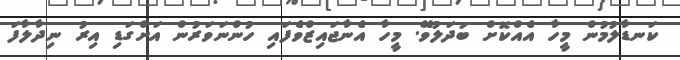
ކަނޑާލުމުން މީހާ އެއްކޮށް ބަދަލުވޭ. މީހާ އެނާޖައިޒްވެފައި ހުންނަވަރުން އަށްގަޑި އިރު ނިދާލާފަ